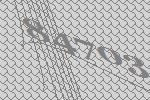
84703